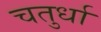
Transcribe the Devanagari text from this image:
चतुर्धा